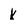
Character: k